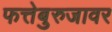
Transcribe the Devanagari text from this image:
फत्तेबुरुजावर